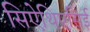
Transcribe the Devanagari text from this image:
सिऐथिएसिई